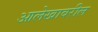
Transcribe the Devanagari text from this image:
आलेखावरील